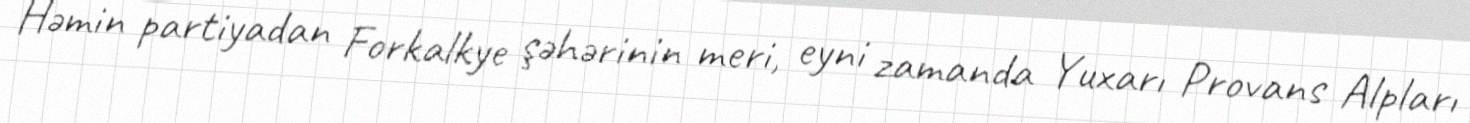
Həmin partiyadan Forkalkye şəhərinin meri, eyni zamanda Yuxarı Provans Alpları